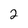
Character: 2